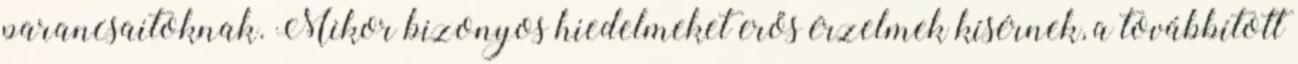
parancsaitoknak. Mikor bizonyos hiedelmeket erős érzelmek kísérnek, a továbbított